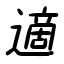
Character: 適